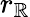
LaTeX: r_{\mathbb{R}}